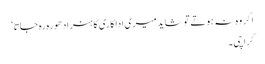
اگر وہ نہ ہوتے تو شاید میری اداکاری کا ہنر ادھورہ رہ جاتا‘
کراچی۔